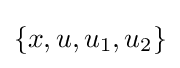
\{x,u,u_{1},u_{2}\}